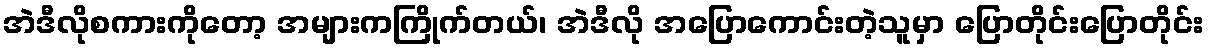
အဲဒီလိုစကားကိုတော့ အများကကြိုက်တယ်၊ အဲဒီလို အပြောကောင်းတဲ့သူမှာ ပြောတိုင်းပြောတိုင်း